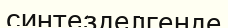
синтезделгенде